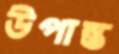
উপান্ত